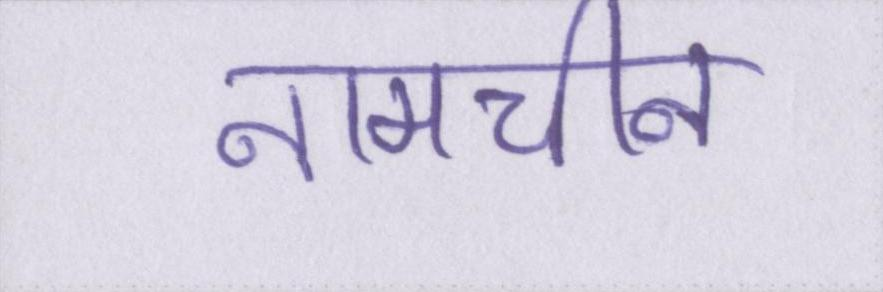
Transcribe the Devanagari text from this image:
नामचीन